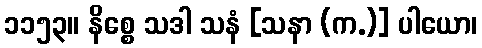
၁၁၅၃။ နိစ္စေ သဒါ သနံ [သနာ (က.)] ပါယော၊